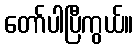
တော်ပါပြီကွယ်။